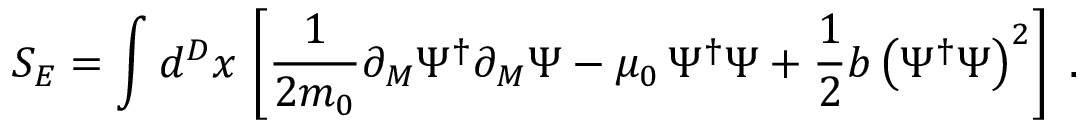
S _ { E } = \int d ^ { D } x \, \left[ \frac { 1 } { 2 m _ { 0 } } \partial _ { M } \Psi ^ { \dagger } \partial _ { M } \Psi - \mu _ { 0 } \, \Psi ^ { \dagger } \Psi + \frac { 1 } { 2 } b \left( \Psi ^ { \dagger } \Psi \right) ^ { 2 } \right] \; .